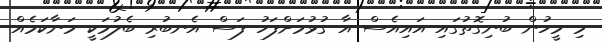
މި މީހުން ބުނިގޮތުގައި އައިއެސް އާ ގުޅުމަށްފަހު ފަސް އެނބުރި ބެލުމަކީ މަނާކަމެއް